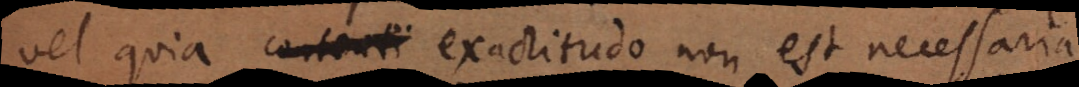
vel quia contenti exactitudo non est necessaria,